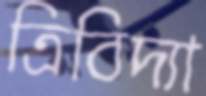
ত্রিবিদ্যা